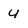
Character: u